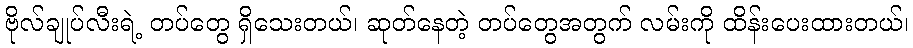
ဗိုလ်ချုပ်လီးရဲ့ တပ်တွေ ရှိသေးတယ်၊ ဆုတ်နေတဲ့ တပ်တွေအတွက် လမ်းကို ထိန်းပေးထားတယ်၊